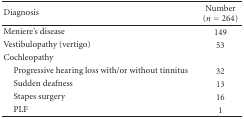
<table><thead><tr><td><b>Diagnosis</b></td><td><b>Number (<i>n</i> = 264)</b></td></tr></thead><tbody><tr><td>Meniere&#x27;s disease</td><td>149</td></tr><tr><td>Vestibulopathy (vertigo)</td><td>53</td></tr><tr><td>Cochleopathy</td><td></td></tr><tr><td> Progressive hearing loss with/or without tinnitus</td><td>32</td></tr><tr><td> Sudden deafness</td><td>13</td></tr><tr><td> Stapes surgery</td><td>16</td></tr><tr><td> PLF</td><td>1</td></tr></tbody></table>